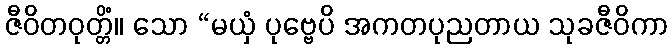
ဇီဝိတဝုတ္တိံ။ သော “မယှံ ပုဗ္ဗေပိ အကတပုညတာယ သုခဇီဝိကာ